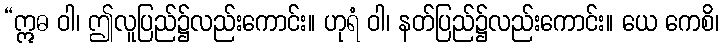
“ဣဓ ဝါ၊ ဤလူပြည်၌လည်းကောင်း။ ဟုရံ ဝါ၊ နတ်ပြည်၌လည်းကောင်း။ ယေ ကေစိ၊